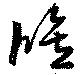
修